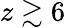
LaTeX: z\gtrsim 6